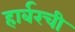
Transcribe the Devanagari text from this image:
हार्बरची